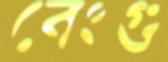
বেংগু